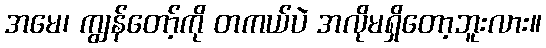
အမေ၊ ကျွန်တော့်ကို တကယ်ပဲ အလိုမရှိတော့ဘူးလား။